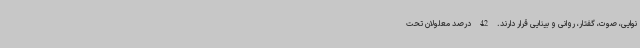
نوایی، صوت، گفتار، روانی و بینایی قرار دارند. 42 درصد معلولان تحت